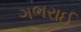
ગભરાઈ